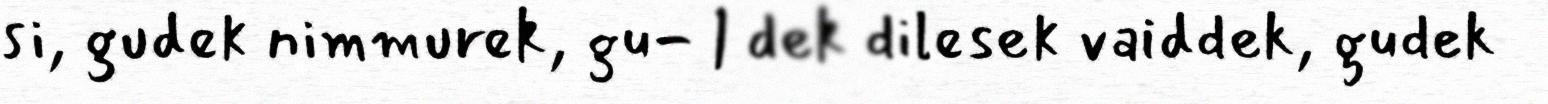
si, gudek nimmurek, gu- | dek dilesek vaiddek, gudek